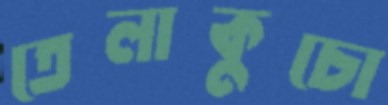
তেলাকুচো